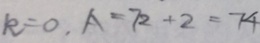
k = 0 , A = 7 2 + 2 = 7 4